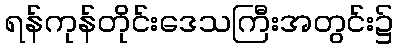
ရန်ကုန်တိုင်းဒေသကြီးအတွင်း၌